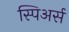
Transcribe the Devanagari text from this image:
स्पिअर्स